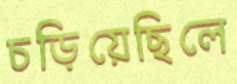
চড়িয়েছিলে